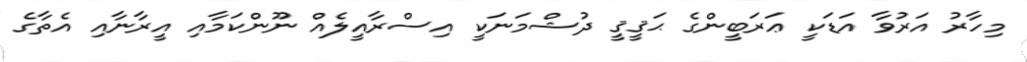
މިހާރު އަރުވާ އަޑަކީ ޢަރަބީންގެ ޙަޤީޤީ ދުޝްމަނަކީ އިސްރާއީލެއް ނޫންކަމާއި އީރާނާއި އެތާގެ